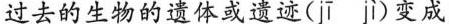
过去的生物的遗体或遗迹(ji j\grave{i} )变成